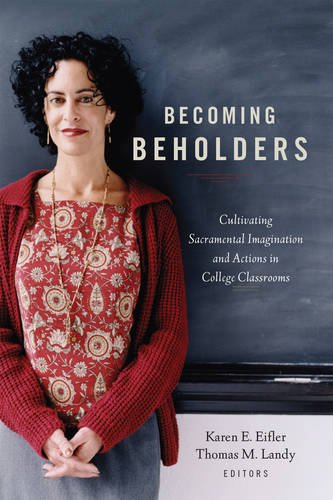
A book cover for Becoming Beholders: Cultivating Sacramental Imagination and Actions in College Classrooms; Christian Books & Bibles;